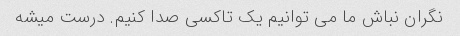
نگران نباش ما می توانیم یک تاکسی صدا کنیم. درست میشه